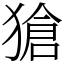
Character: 獊